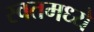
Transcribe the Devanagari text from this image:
स्वतमध्ये